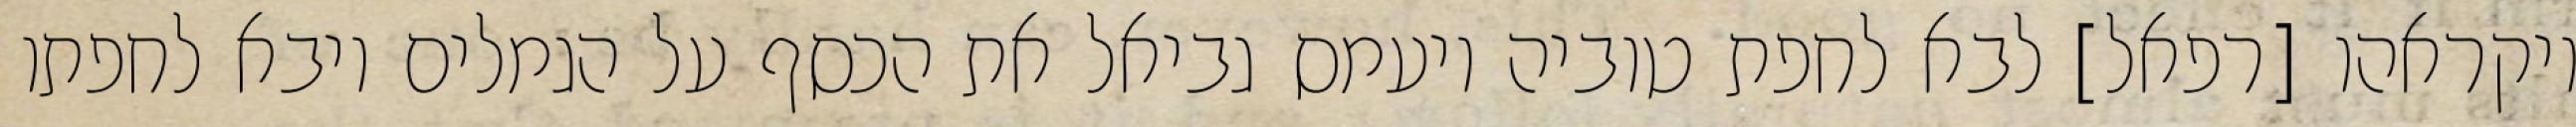
ויקראהו [רפאל] לבא לחפת טוביה ויעמס גביאל את הכסף על הגמלים ויבא לחפתו